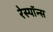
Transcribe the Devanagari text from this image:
रेस्पाॅन्स